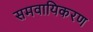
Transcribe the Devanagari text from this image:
समवायिकरण